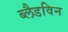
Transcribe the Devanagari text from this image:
ब्लैडविन